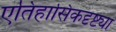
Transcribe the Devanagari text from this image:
एतिहासिकदृष्ट्या